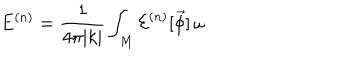
E ^ { ( n ) } = \frac { 1 } { 4 \pi | k | } \int _ { M } { \cal E } ^ { ( n ) } [ \vec { \phi } ] \, \omega